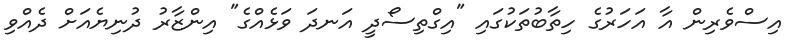
އިސްވެރިން އާ އަހަރުގެ ހިތާބުތަކުގައި "އިގްތިސޯދީ އަނދަ ވަޅެއްގެ" އިންޒާރު ދުނިޔެއަށް ދެއްވި